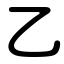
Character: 乙